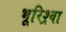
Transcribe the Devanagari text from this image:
भूरिश्र्वा